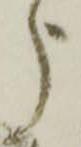
う